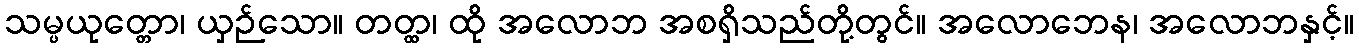
သမ္ပယုတ္တော၊ ယှဉ်သော။ တတ္ထ၊ ထို အလောဘ အစရှိသည်တို့တွင်။ အလောဘေန၊ အလောဘနှင့်။